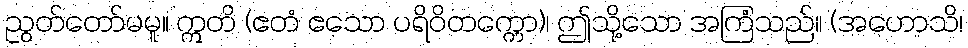
ညွတ်တော်မမူ။ ဣတိ (ဧတံ ဧသော ပရိဝိတက္ကော)၊ ဤသို့သော အကြံသည်။ (အဟောသိ၊